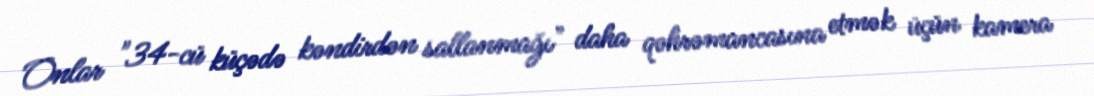
Onlar "34-cü küçədə kəndirdən sallanmağı" daha qəhrəmancasına etmək üçün kamera